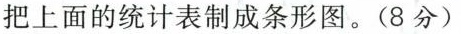
把上面的统计表制成条形图。(8分)